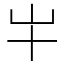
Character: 𫵱